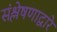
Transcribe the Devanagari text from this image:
संश्लेषणाद्वारे